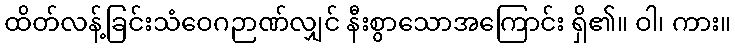
ထိတ်လန့်ခြင်းသံဝေဂဉာဏ်လျှင် နီးစွာသောအကြောင်း ရှိ၏။ ဝါ၊ ကား။